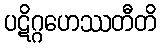
ပဋိဂ္ဂဟေဿတီတိ